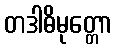
တဒါဓိမုတ္တော